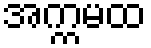
အက္ကမထ